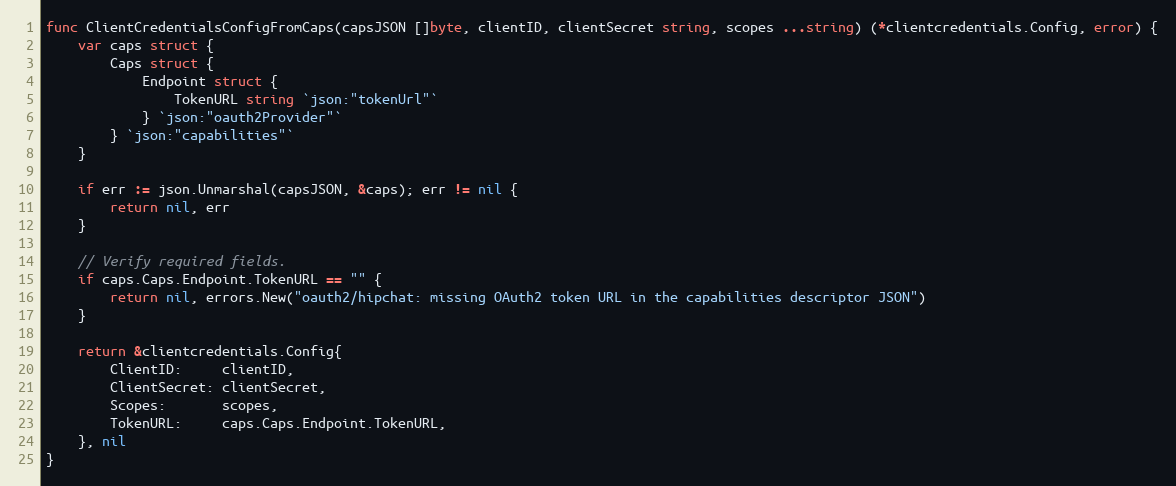
Language: Go
func ClientCredentialsConfigFromCaps(capsJSON []byte, clientID, clientSecret string, scopes ...string) (*clientcredentials.Config, error) {
	var caps struct {
		Caps struct {
			Endpoint struct {
				TokenURL string `json:"tokenUrl"`
			} `json:"oauth2Provider"`
		} `json:"capabilities"`
	}

	if err := json.Unmarshal(capsJSON, &caps); err != nil {
		return nil, err
	}

	// Verify required fields.
	if caps.Caps.Endpoint.TokenURL == "" {
		return nil, errors.New("oauth2/hipchat: missing OAuth2 token URL in the capabilities descriptor JSON")
	}

	return &clientcredentials.Config{
		ClientID:     clientID,
		ClientSecret: clientSecret,
		Scopes:       scopes,
		TokenURL:     caps.Caps.Endpoint.TokenURL,
	}, nil
}